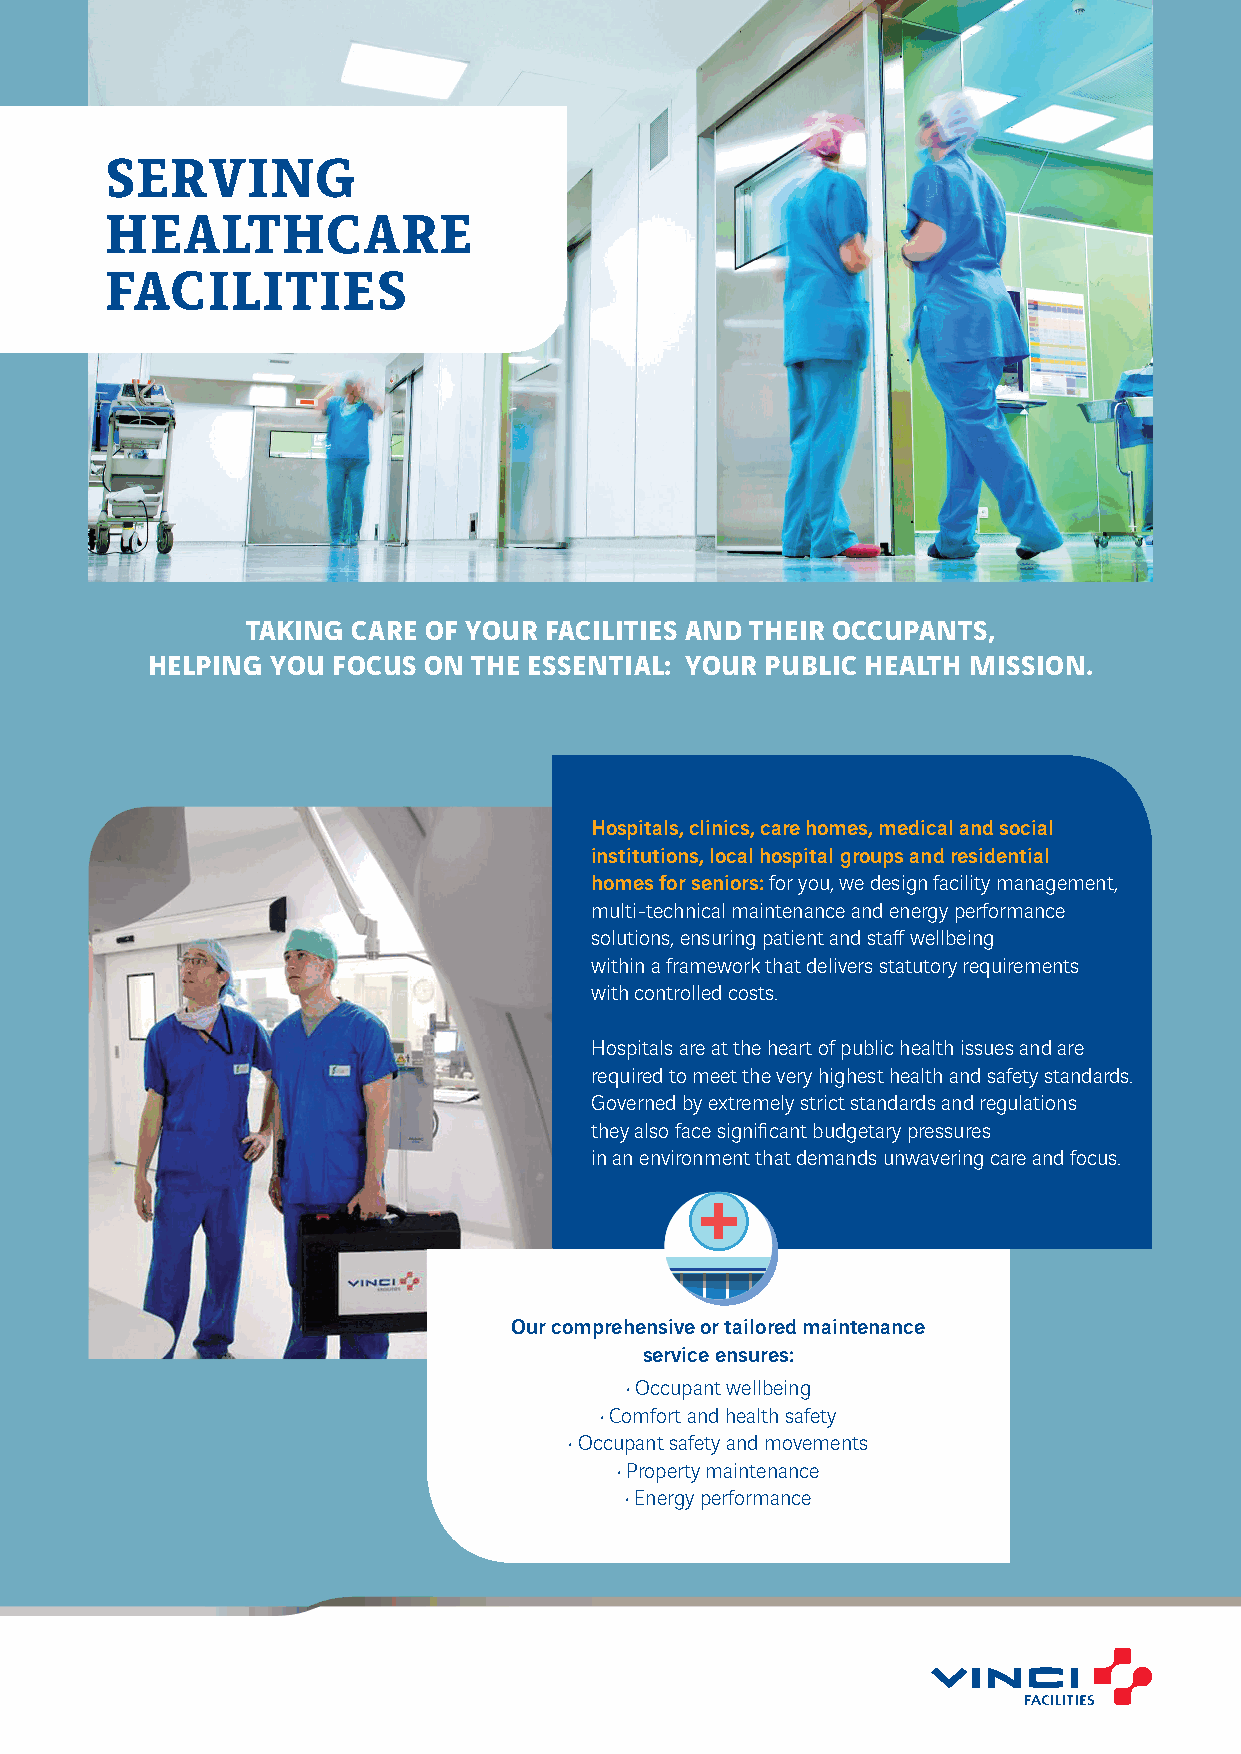
SERVING
 HEALTHCARE
 FACILITIES
 TAKING CARE OF YOUR FACILITIES AND THEIR OCCUPANTS,
 HELPING YOU FOCUS ON THE ESSENTIAL: YOUR PUBLIC HEALTH MISSION.
 Hospitals, clinics, care homes, medical and social
 institutions, local hospital groups and residential
 homes for seniors: for you, we design facility management,
 multi-technical maintenance and energy performance
 solutions, ensuring patient and staff wellbeing
 within a framework that delivers statutory requirements
 with controlled costs.
 Hospitals are at the heart of public health issues and are
 required to meet the very highest health and safety standards.
 Governed by extremely strict standards and regulations
 they also face significant budgetary pressures
 in an environment that demands unwavering care and focus.
 Our comprehensive or tailored maintenance
 service ensures:
 • Occupant wellbeing
 • Comfort and health safety
 • Occupant safety and movements
 • Property maintenance
 • Energy performance